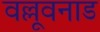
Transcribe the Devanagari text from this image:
वल्लूवनाड